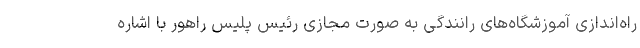
راه‌اندازی آموزشگاه‌های رانندگی به صورت مجازی رئیس پلیس راهور با اشاره